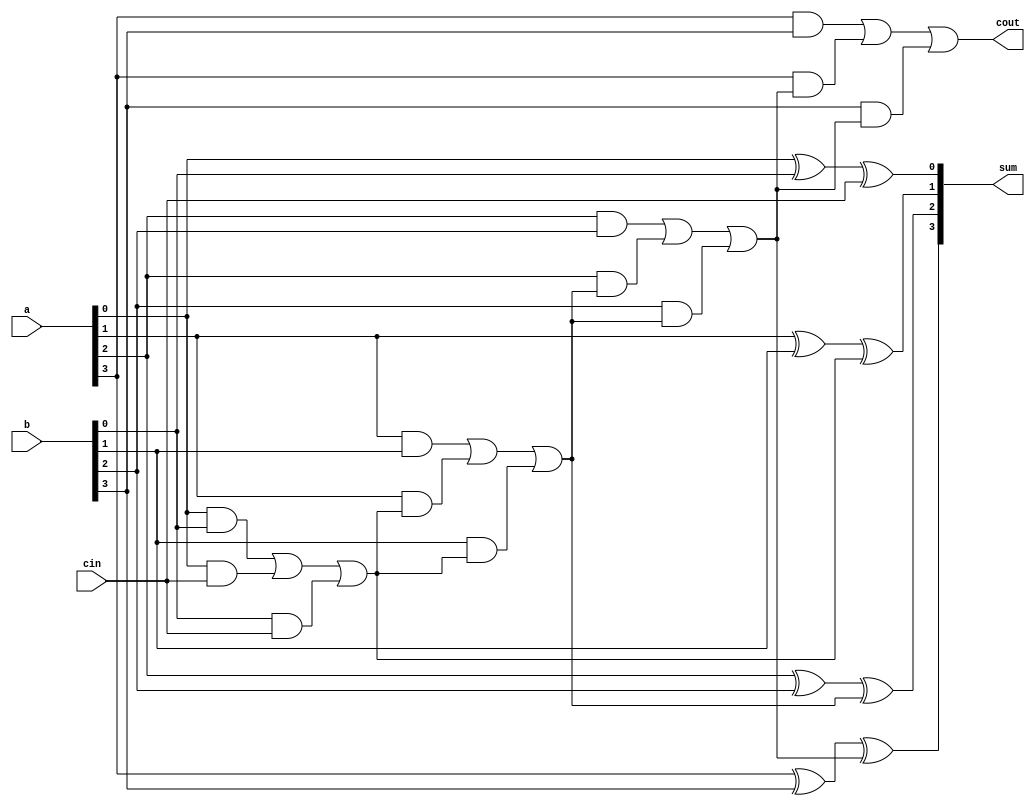
// 4  -  task 
module full_adder4_3(sum,cout,a,b,cin);
output [3:0] sum;
output cout;
input [3:0] a,b;
input cin;
reg [3:0] sum;
reg cout;
reg [1:0] s0,s1,s2,s3;

task ADD;
    input a,b,cin;
    output [1:0] c;
    reg [1:0] c;
    reg s,cout;

    begin
        s = a ^ b ^ cin;
        cout = (a & b) | (a & cin) | (b & cin);
        c = {cout, s};
    end
endtask

always @(a or b or cin) begin
    ADD (a[0],b[0],cin,     s0);
    ADD (a[1],b[1],s0[1],   s1);
    ADD (a[2],b[2],s1[1],   s2);
    ADD (a[3],b[3],s2[1],   s3);
    sum = {s3[0],s2[0],s1[0],s0[0]};
    cout = s3[1];
end

endmodule